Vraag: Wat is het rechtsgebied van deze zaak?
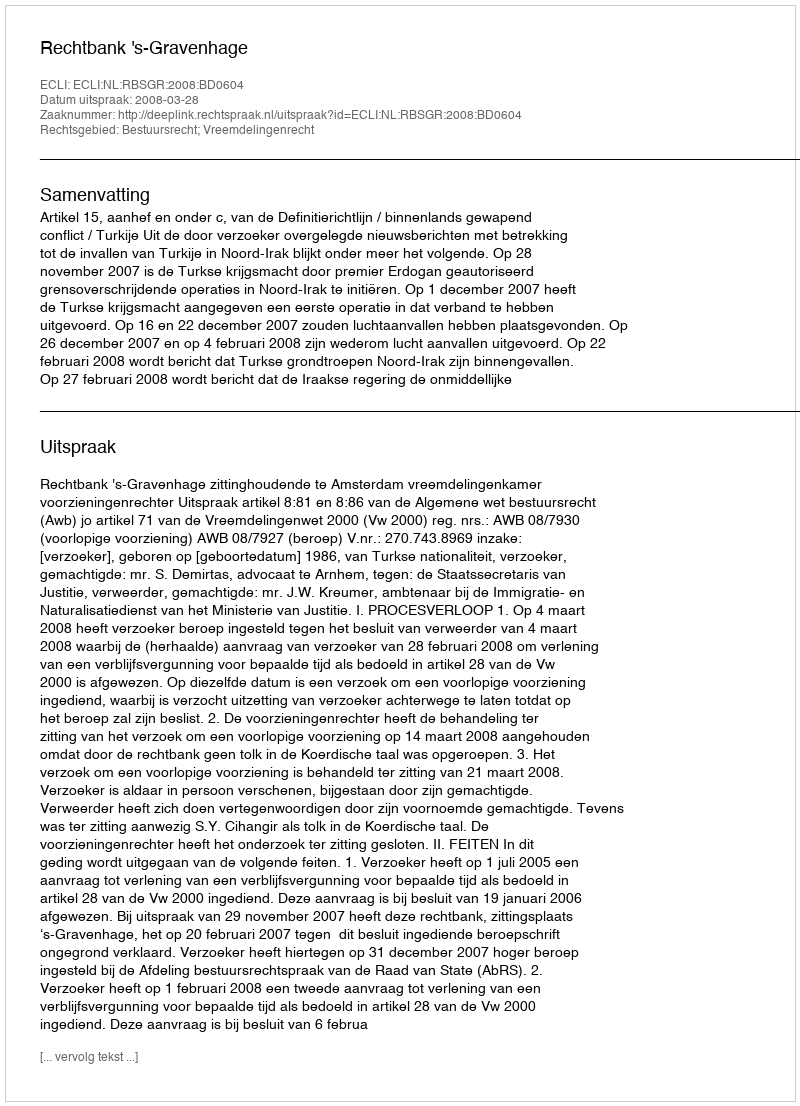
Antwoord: Bestuursrecht; Vreemdelingenrecht